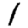
Digit: 1